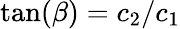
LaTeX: \tan(\beta)=c_{2}/c_{1}